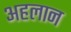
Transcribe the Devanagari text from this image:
अहलान